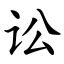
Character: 讼